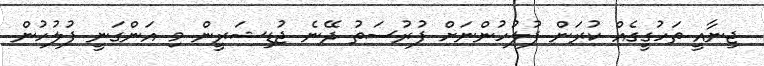
ޖިނާއީ ތަހުގީގެއް ކުރަން ފުލުހުންނަށް ފުރުސަތު ދޭނެ ޖުޑިޝަރީން މި އަންގަނީ ފުލުހުން